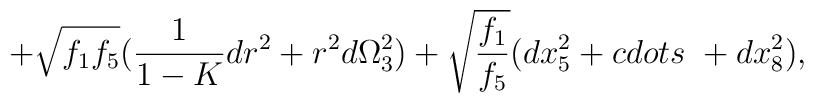
+ \sqrt{f_1 f_5}( \frac{1}{1 - K} dr^2 + r^2 d \Omega_3^2 )+ \sqrt{\frac{f_1}{f_5}} (dx_5^2 + \\cdots \ + dx_8^2 ) ,